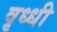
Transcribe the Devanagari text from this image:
वृध्धी